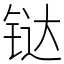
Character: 𫟼